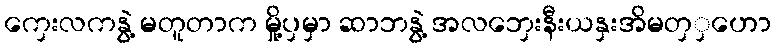
ကှေးလကနွဲ့ မတူတာက မှို့ပှမှာ ဆာဘနွဲ့ အလဘှေးနီးယနှးအိမတှှဟော